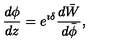
\frac { d \phi } { d z } = e ^ { \imath \delta } \frac { d \bar { W } } { d \bar { \phi } } ,